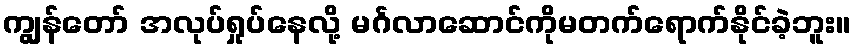
ကျွန်တော် အလုပ်ရှုပ်နေလို့ မင်္ဂလာဆောင်ကိုမတက်ရောက်နိုင်ခဲ့ဘူး။